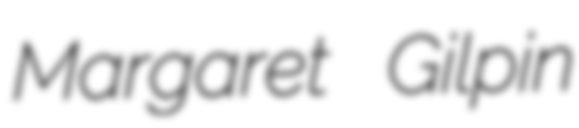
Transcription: Margaret Gilpin